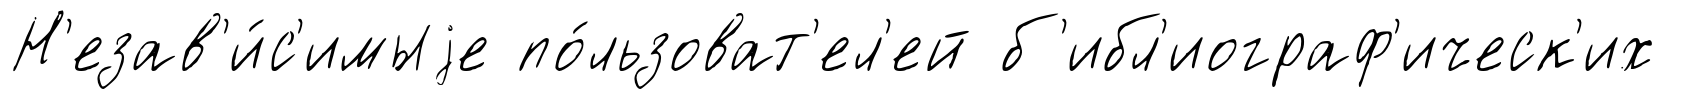
Н'езав'и́с'имыjе по́льзоват'ел'ей б'ибл'иограф'ическ'их